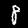
Label: 8